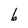
Character: b